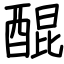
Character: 醌